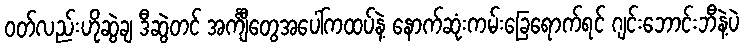
ဝတ်လည်းဟိုဆွဲချ ဒီဆွဲတင် အင်္ကျီတွေအပေါ်ကထပ်နဲ့ နောက်ဆုံးကမ်းခြေရောက်ရင် ဂျင်းဘောင်းဘီနဲ့ပဲ